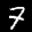
Label: 7